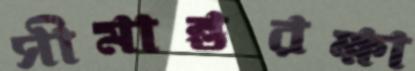
সীমান্তরক্ষা